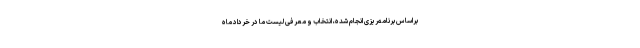
براساس برنامه‌ریزی انجام شده، انتخاب و معرفی لیست ما در خرداد ماه